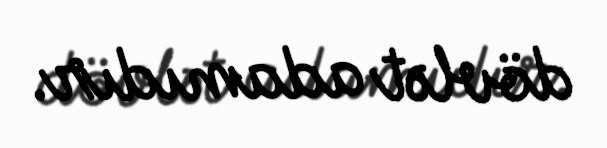
dövlət adamıdır.